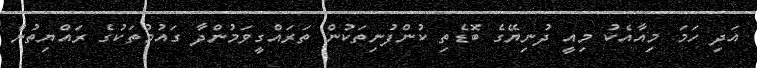
އަދި ހަމަ މިއާއެކު މިއީ ދުނިޔޭގެ ބޮޑެތި ކުންފުނިތަކުން ތަރައްގީވަމުންދާ ގައުމުތަކުގެ ރައްޔިތުން